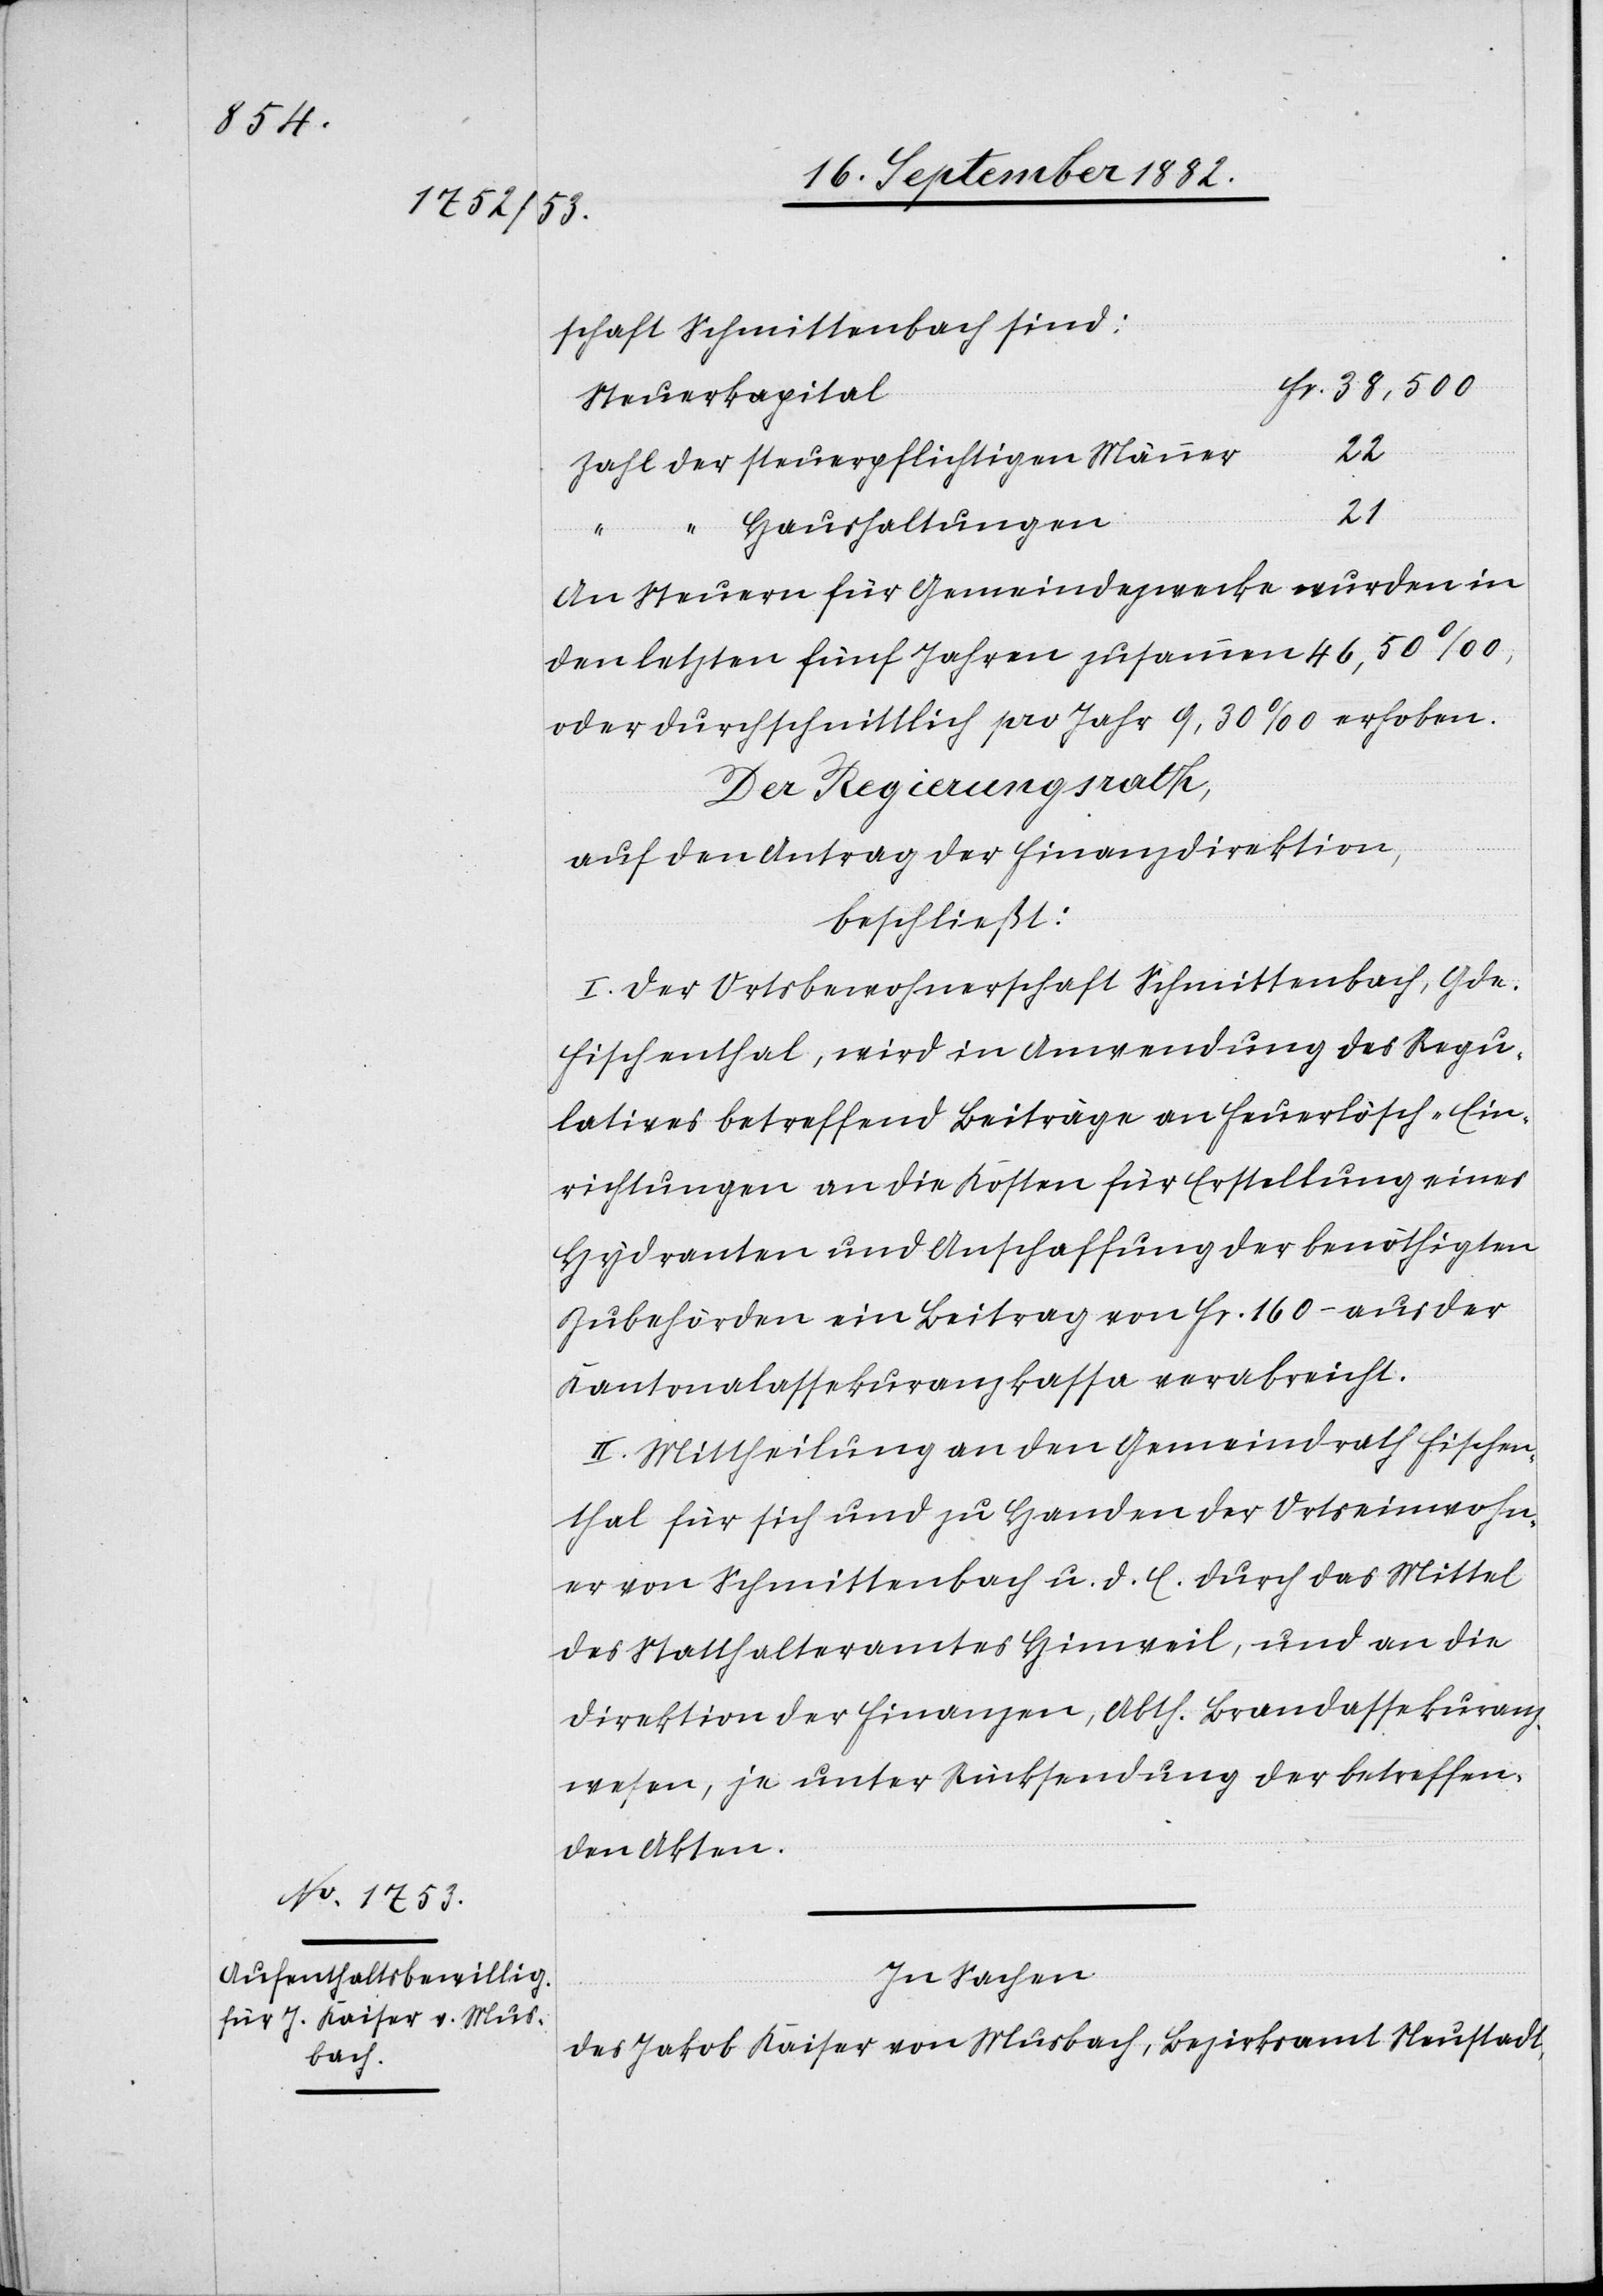
schaft Schmittenbach sind:
Steuerkapital
Fr.
Zahl der steuerpflichtigen Männer
22
“ “ Haushaltungen
An Steuern für Gemeindezwecke wurden in
den letzten fünf Jahren zusammen 46,50‰,
oder durchschnittlich pro Jahr 9,30‰ erhoben.
Der Regierungsrath,
auf den Antrag der Finanzdirektion,
beschließt:
I. Der Ortsbewohnerschaft Schmittenbach, Gde.
Fischenthal, wird in Anwendung des Regu¬
lativs betreffend Beiträge an Feuerlösch-Ein¬
richtungen an die Kosten für Erstellung eines
Hydranten und Anschaffung der benöthigten
Zubehörden ein Beitrag von Fr. 160 – aus der
Kantonalassekuranzkassa verabreicht.
II. Mittheilung an den Gemeindrath Fischen¬
thal für sich und zu Handen der Ortseinwohn¬
er von Schmittenbach u. d. E. durch das Mittel
des Statthalteramtes Hinweil, und an die
Direktion der Finanzen, Abth. Brandassekuran¬
zwesen, je unter Rücksendung der betreffen¬
den Akten.
In Sachen
des Jakob Kaiser von Musbach, Bezirksamt Neustadt,